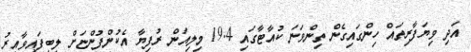
އަދި ވިޔަފާރިތައް ހިންގައިގެން ތިންވަނަ ކުއާޓާގައި 19.4 މިލިއަން ރުފިޔާ އެކުންފުންޏަށް ލިބިފައިވާއިރު